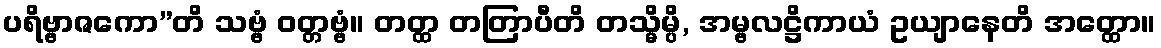
ပရိဗ္ဗာဇကော”တိ သဗ္ဗံ ဝတ္တဗ္ဗံ။ တတ္ထ တတြာပီတိ တသ္မိမ္ပိ, အမ္ဗလဋ္ဌိကာယံ ဥယျာနေတိ အတ္ထော။